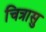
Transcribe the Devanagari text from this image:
चित्रासु